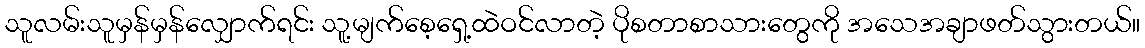
သူလမ်းသူမှန်မှန်လျှောက်ရင်း သူ့မျက်စေ့ရှေ့ထဲဝင်လာတဲ့ ပိုစတာစာသားတွေကို အသေအချာဖတ်သွားတယ်။